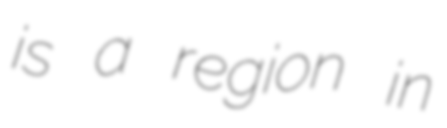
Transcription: is a region in